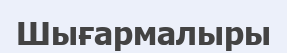
Шығармалыры